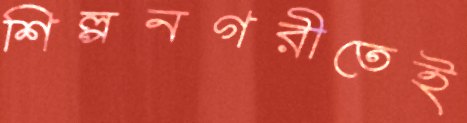
শিল্পনগরীতেই